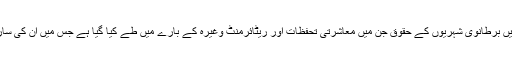
اس کے متن میں یورپی یونین میں برطانوی شہریوں کے حقوق جن میں معاشرتی تحفظات اور ریٹائرمنٹ وغیرہ کے بارے میں طے کیا گیا ہے جس میں ان کی ساری زندگی کی ضمانت دی گئی۔